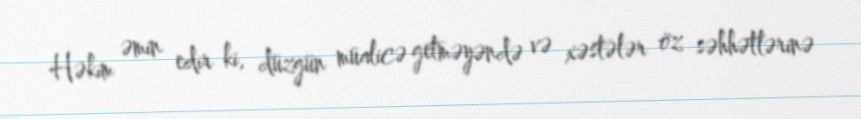
Həkim əmin edir ki, düzgün müalicə getməyəndə və xəstələr öz səhhətlərinə